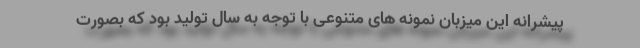
پیشرانه این میزبان نمونه های متنوعی با توجه به سال تولید بود که بصورت